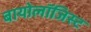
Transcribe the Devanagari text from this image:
बायोलॉजिस्ट